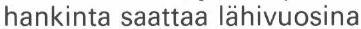
hankinta saattaa lähivuosina